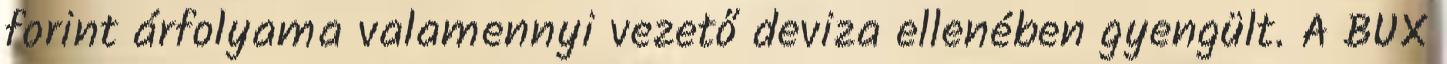
forint árfolyama valamennyi vezető deviza ellenében gyengült. A BUX